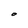
Character: O